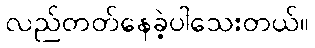
လည်တတ်နေခဲ့ပါသေးတယ်။